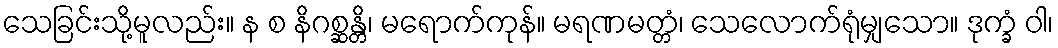
သေခြင်းသို့မူလည်း။ န စ နိဂစ္ဆန္တိ၊ မရောက်ကုန်။ မရဏမတ္တံ၊ သေလောက်ရုံမျှသော။ ဒုက္ခံ ဝါ၊